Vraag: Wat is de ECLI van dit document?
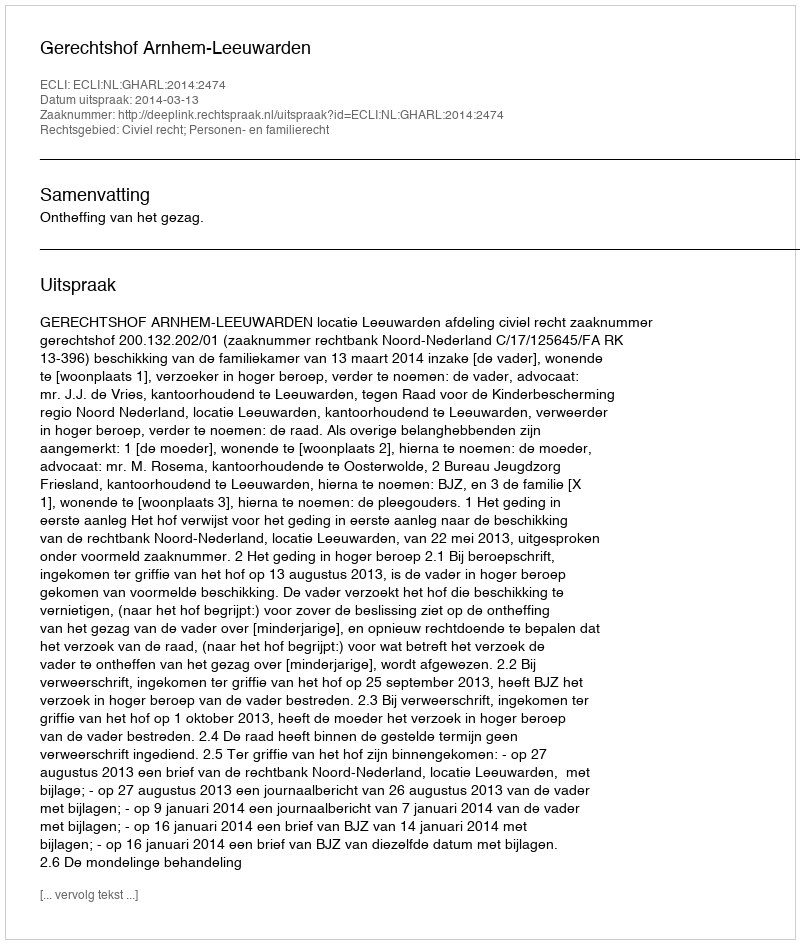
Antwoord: ECLI:NL:GHARL:2014:2474